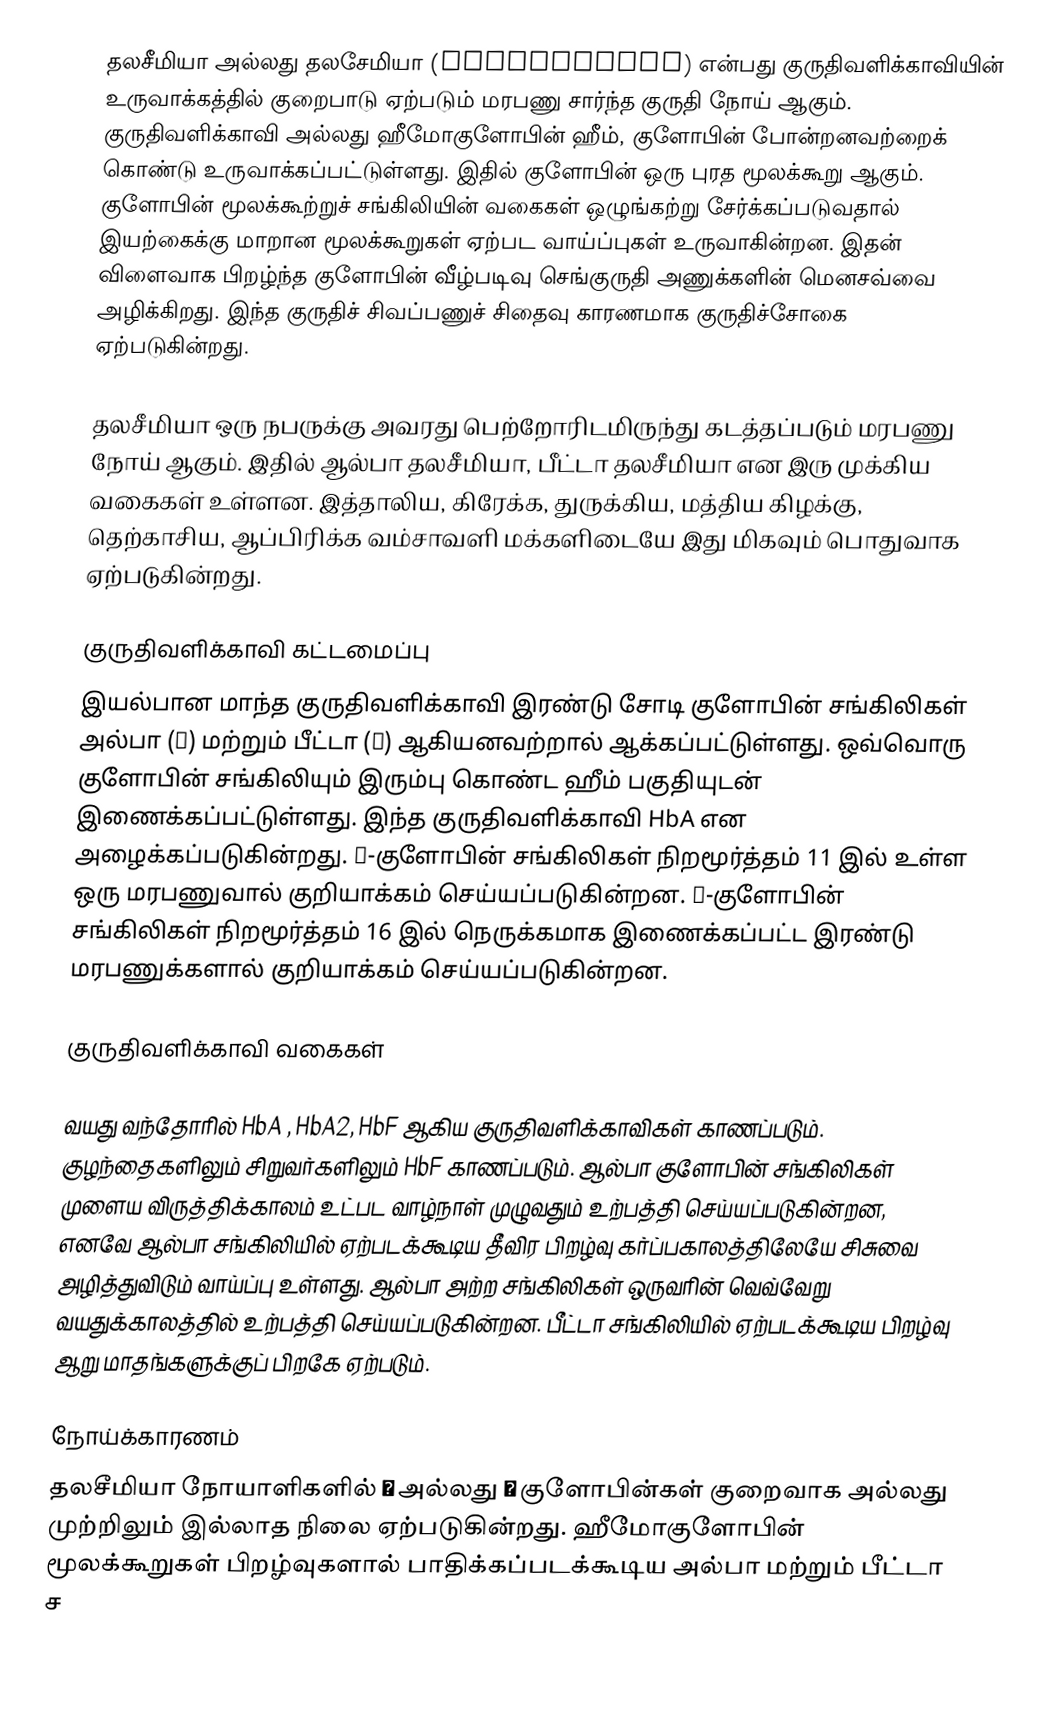
தலசீமியா அல்லது தலசேமியா (Thalassemia) என்பது குருதிவளிக்காவியின் உருவாக்கத்தில் குறைபாடு ஏற்படும் மரபணு சார்ந்த குருதி நோய் ஆகும். குருதிவளிக்காவி அல்லது ஹீமோகுளோபின் ஹீம், குளோபின் போன்றனவற்றைக் கொண்டு உருவாக்கப்பட்டுள்ளது. இதில் குளோபின் ஒரு புரத மூலக்கூறு ஆகும். குளோபின் மூலக்கூற்றுச் சங்கிலியின் வகைகள் ஒழுங்கற்று சேர்க்கப்படுவதால் இயற்கைக்கு மாறான மூலக்கூறுகள் ஏற்பட வாய்ப்புகள் உருவாகின்றன. இதன் விளைவாக பிறழ்ந்த குளோபின் வீழ்படிவு செங்குருதி அணுக்களின் மெனசவ்வை அழிக்கிறது. இந்த குருதிச் சிவப்பணுச் சிதைவு காரணமாக குருதிச்சோகை ஏற்படுகின்றது.

தலசீமியா ஒரு நபருக்கு அவரது பெற்றோரிடமிருந்து கடத்தப்படும் மரபணு நோய் ஆகும். இதில் ஆல்பா தலசீமியா, பீட்டா தலசீமியா என இரு முக்கிய வகைகள் உள்ளன. இத்தாலிய, கிரேக்க, துருக்கிய, மத்திய கிழக்கு, தெற்காசிய, ஆப்பிரிக்க வம்சாவளி மக்களிடையே இது மிகவும் பொதுவாக ஏற்படுகின்றது.

குருதிவளிக்காவி கட்டமைப்பு
இயல்பான மாந்த குருதிவளிக்காவி இரண்டு சோடி குளோபின் சங்கிலிகள் அல்பா (α) மற்றும் பீட்டா (β) ஆகியனவற்றால் ஆக்கப்பட்டுள்ளது. ஒவ்வொரு குளோபின் சங்கிலியும் இரும்பு கொண்ட ஹீம் பகுதியுடன் இணைக்கப்பட்டுள்ளது. இந்த குருதிவளிக்காவி HbA என அழைக்கப்படுகின்றது. β-குளோபின் சங்கிலிகள் நிறமூர்த்தம் 11 இல் உள்ள ஒரு மரபணுவால் குறியாக்கம் செய்யப்படுகின்றன. α-குளோபின் சங்கிலிகள் நிறமூர்த்தம் 16 இல் நெருக்கமாக இணைக்கப்பட்ட இரண்டு மரபணுக்களால் குறியாக்கம் செய்யப்படுகின்றன.

குருதிவளிக்காவி வகைகள்

வயது வந்தோரில் HbA , HbA2, HbF ஆகிய குருதிவளிக்காவிகள் காணப்படும். குழந்தைகளிலும் சிறுவர்களிலும் HbF காணப்படும். ஆல்பா குளோபின் சங்கிலிகள் முளைய விருத்திக்காலம் உட்பட வாழ்நாள் முழுவதும் உற்பத்தி செய்யப்படுகின்றன, எனவே ஆல்பா சங்கிலியில் ஏற்படக்கூடிய தீவிர பிறழ்வு கர்ப்பகாலத்திலேயே சிசுவை அழித்துவிடும் வாய்ப்பு உள்ளது. ஆல்பா அற்ற சங்கிலிகள் ஒருவரின் வெவ்வேறு வயதுக்காலத்தில் உற்பத்தி செய்யப்படுகின்றன. பீட்டா சங்கிலியில் ஏற்படக்கூடிய பிறழ்வு ஆறு மாதங்களுக்குப் பிறகே ஏற்படும்.

நோய்க்காரணம்
தலசீமியா நோயாளிகளில் α அல்லது β குளோபின்கள் குறைவாக அல்லது முற்றிலும் இல்லாத நிலை ஏற்படுகின்றது. ஹீமோகுளோபின் மூலக்கூறுகள் பிறழ்வுகளால் பாதிக்கப்படக்கூடிய அல்பா மற்றும் பீட்டா ச